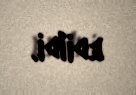
edildi.